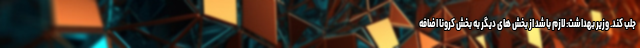
جلب کند. وزیر بهداشت: لازم باشد از بخش های دیگر به بخش کرونا اضافه